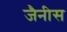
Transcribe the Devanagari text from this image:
जैनीस